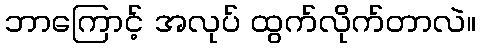
ဘာကြောင့် အလုပ် ထွက်လိုက်တာလဲ။